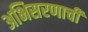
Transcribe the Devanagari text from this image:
अभिसरणाची